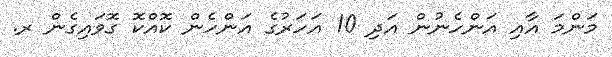
މަންމަ އާއި އަންހެނުން އަދި 10 އަހަރުގެ އަންހެން ކޮއްކޮ ގޮވައިގެން ރ.